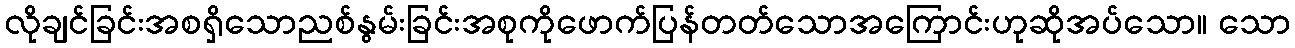
လိုချင်ခြင်းအစရှိသောညစ်နွမ်းခြင်းအစုကိုဖောက်ပြန်တတ်သောအကြောင်းဟုဆိုအပ်သော။ သော